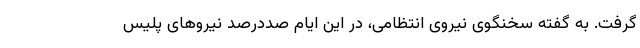
گرفت. به گفته سخنگوی نیروی انتظامی، در این ایام صددرصد نیروهای پلیس